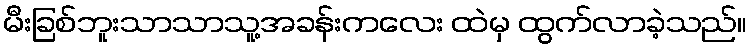
မီးခြစ်ဘူးသာသာသူ့အခန်းကလေး ထဲမှ ထွက်လာခဲ့သည်။